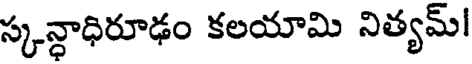
స్కన్ధాధిరూఢం కలయామి నిత్యమ్!